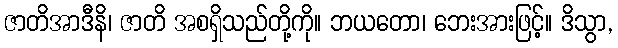
ဇာတိအာဒီနိ၊ ဇာတိ အစရှိသည်တို့ကို။ ဘယတော၊ ဘေးအားဖြင့်။ ဒိသွာ,